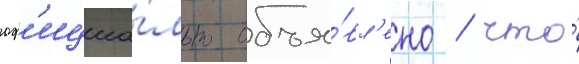
оф'ициа́льно объя́вл'ено / что́